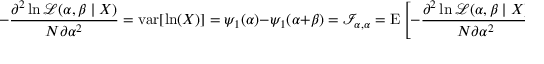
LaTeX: - { \frac { \partial ^ { 2 } \ln { \mathcal { L } } ( \alpha , \beta \mid X ) } { N \partial \alpha ^ { 2 } } } = \operatorname { v a r } [ \ln ( X ) ] = \psi _ { 1 } ( \alpha ) - \psi _ { 1 } ( \alpha + \beta ) = { \mathcal { I } } _ { \alpha , \alpha } = \operatorname { E } \left[ - { \frac { \partial ^ { 2 } \ln { \mathcal { L } } ( \alpha , \beta \mid X ) } { N \partial \alpha ^ { 2 } } } \right] = \ln \operatorname { v a r } _ { G X }